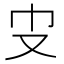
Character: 𠬥